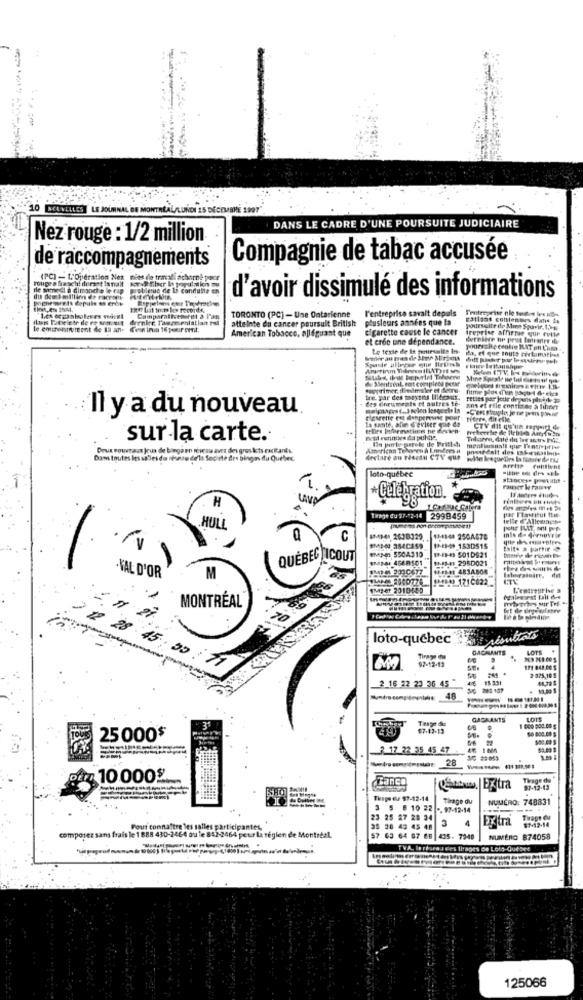
INCE VELLES LE JOURNAL DE MONTRE
NON 15 DÉCEMBRE 1997
DANS LE CADRE D'UNE POURSUITE JUDICIAIRE
Nez rouge : 1/2 million
Compagnie de tabac accusée
de raccompagnements
niet de tradi acharné pour
problemue de la conduite en
d'avoir dissimulé des informations
l'entreprise savait depuls
flur Tateletr de re som urt
atteinte du cancer poursult British
TORONTO (PC) - Une Ontarlenne
plusieurs années que la
gatlost contenues dans Le
le eminentitetent de la ane
American Tobacco, allfguant que
cigarette cause le cancer
Poursuite de Mme Souvir, I,PB
treprise affirme que celle
et crée une dépendance.
Le texte de la gentesuite In.
da. ef que toute reclamafies
de Montreal, soit coupleos pour
des documents et autres te-
Ite. par des toayens Illteauf.
Il y a du nouveau
Delplagst .. 3 selon lesquels In
ans et File contie:se & findet
Is sante, afin devloer que de
tiifere dit elle.
sur la carte.
ned rotiniwe du pulite
Iin porte-parole de Fritl-t
Deux vouvracet jeux de biega en réiraw aver des gros kets rackants.
Dams toutes les salles da these de'la Socinte des bingo du Quebec
declare an Naedu CTV que
loto-québec
H
·Çelegytion
Traje du $7-12-14 2998459
2998459
telle d'Allemagne
HULL
C
17:41-40 250A478
13-43-49 1530515
Balt- a partir
SMINU 4568501
IMP- 5504310
11-18-41 2950021
19-3-49 9010921
QUÉBEC
1/13-41 483A808
.KAL D'OR
M
1:2000 1710022
SMASet 2010455
L'entreprise 9
MONTRÉAL
loto-quebec
GAGNANTS
LOTS
92-12-12
171 848 60 5
2 16 22 23 36 45
PER
2 825,10 8
200 107
10.00 $
GAGAANTS
LOTS
67-12-13
25 000$
3 17 22 35 45 47
28
10 0009.
Banco
97-12-13
Thope de $7-12-14
Tirage du
NUMÉRO: 748831
3 5 6 10 22 -. 97-12-14
23 25 27 28 34
13
Extra
Tirape Cu
Pour connaître les salles participant
26 43 45 48
$7-12-14
composez sans frais le 1 888 430-2464 ou le 842-2464 peur la régien de Montréal.
57 63 64 67 68 435- 7948
NUMERO 874058
TVA, leréseau des 11/89es Ce Loto-Québec
--
125066